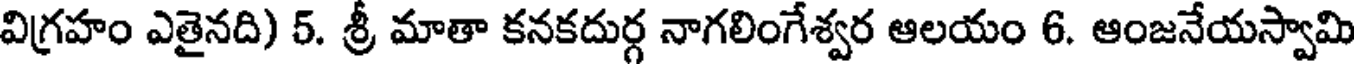
విగ్రహం ఎతైనది) 5. శ్రీ మాతా కనకదుర్గ నాగలింగేశ్వర ఆలయం 6. ఆంజనేయస్వామి